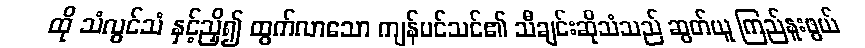
ထို သံလွင်သံ နှင့်ညှိ၍ ထွက်လာသော ကျန်ပင်သင်၏ သီချင်းဆိုသံသည် ဆွတ်ယူ ကြည်နူးဖွယ်